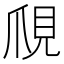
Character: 𧠙